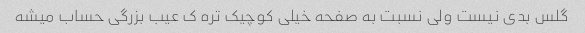
گلس بدی نیست ولی نسبت به صفحه خیلی کوچیک تره ک عیب بزرگی حساب میشه